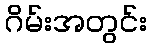
ဂိမ်းအတွင်း